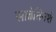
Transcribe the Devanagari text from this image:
साढेतिनशे